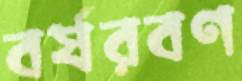
বর্ষরবণ